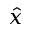
\hat { x }